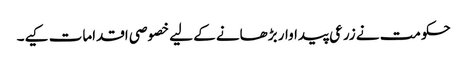
حکومت نے زرعی پیداوار بڑھانے کے لیے خصوصی اقدامات کیے۔